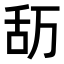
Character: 𮍴